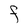
Character: F